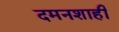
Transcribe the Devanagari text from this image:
दमनशाही